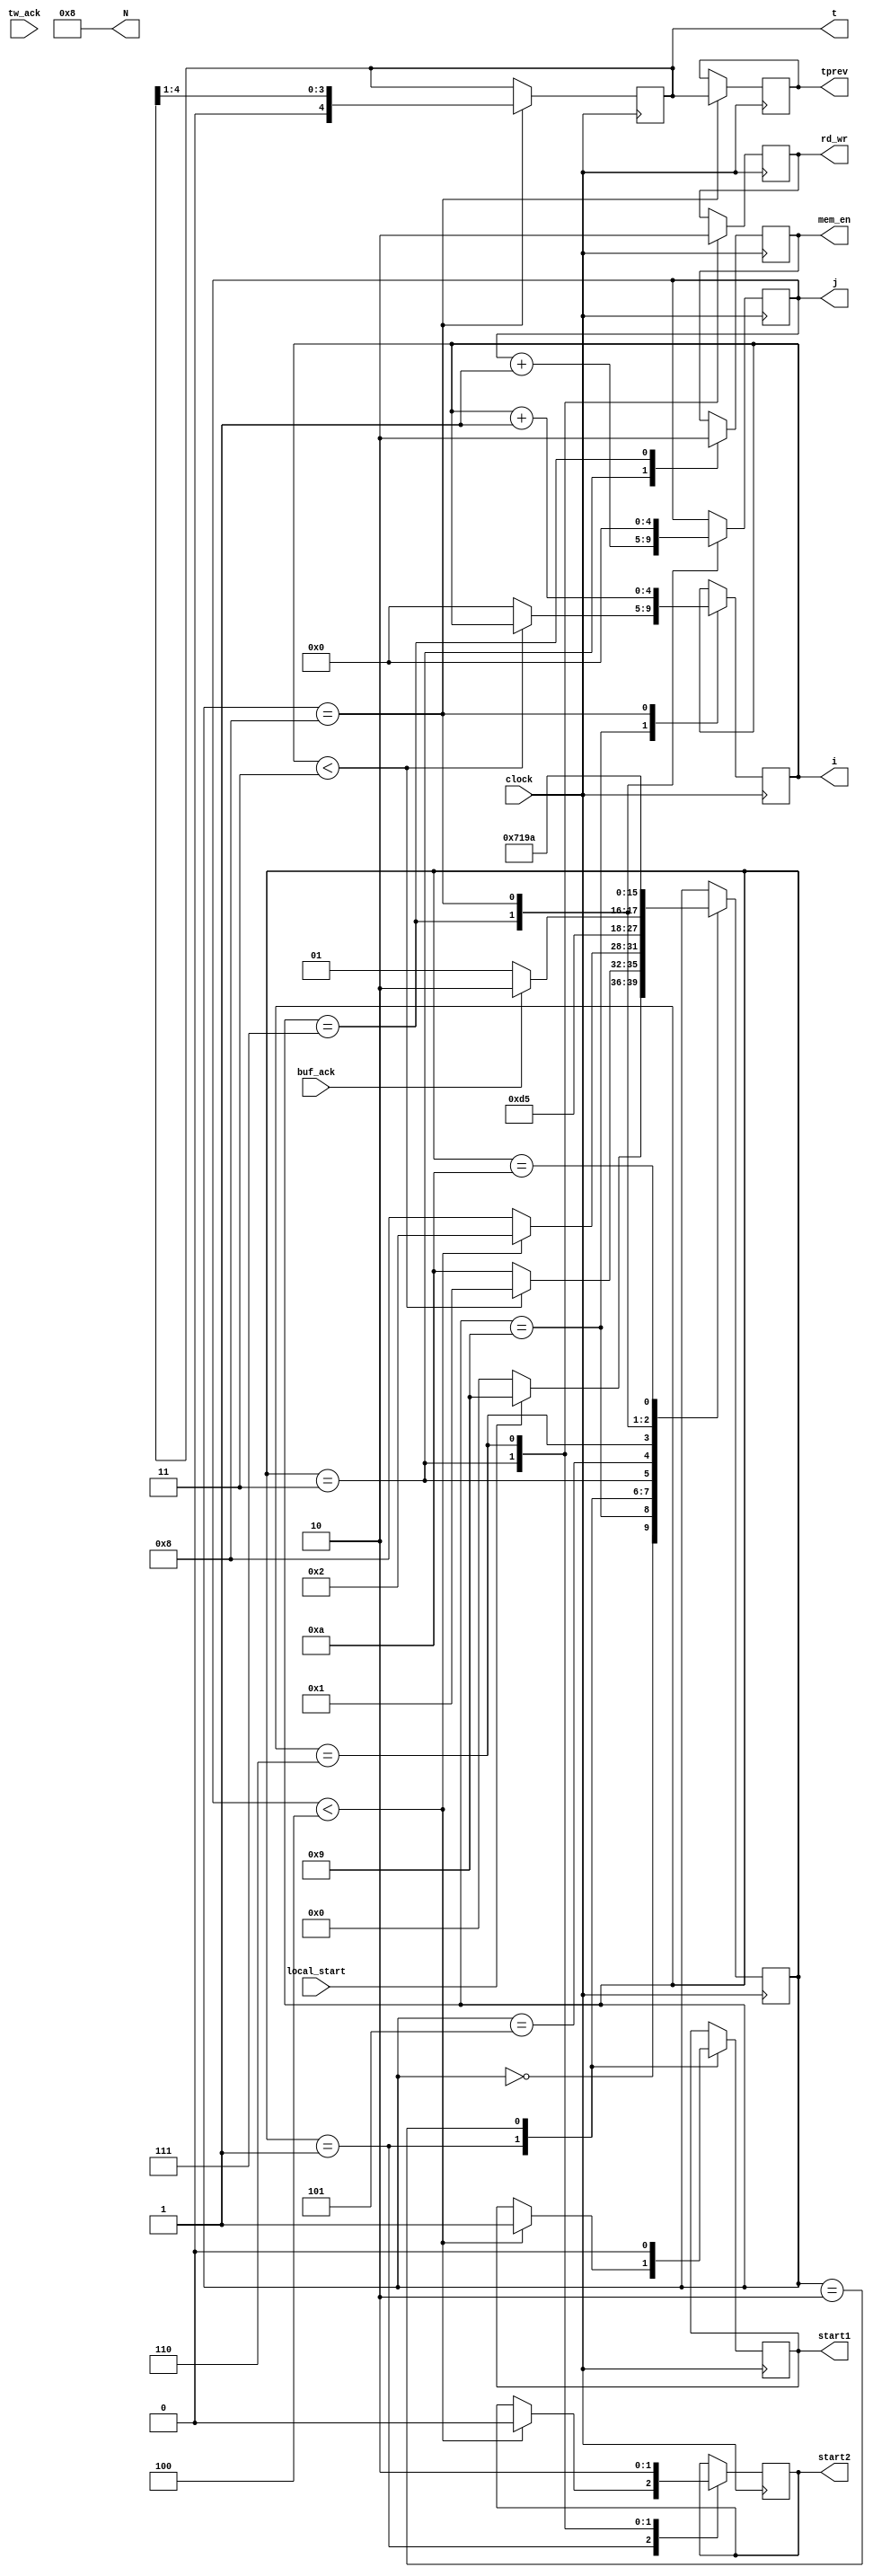

module NTT_Controller(i,j,N,t,tprev,clock,start1,start2,mem_en,rd_wr,local_start,tw_ack,buf_ack);

parameter n = 5; 

input clock; 
input local_start;     //activate this to enable the NTT module
input tw_ack;          //ack signal from twiddle gen
input buf_ack;         //ack signal from buf unit
output reg [n-1:0] i;
output reg [n-1:0] j;
output reg [n-1:0] N;
output reg [n-1:0] t;
output reg [n-1:0] tprev;
output reg start1;
output reg start2;
output reg mem_en; //enable the memmory for read/write operation
output reg rd_wr;

reg [3:0] state;  

initial
begin
    N <= 5'b01_000;      //N = 8
    i <= 5'b00_000;
    j <= 5'b00_000;
    t <= 5'b00_100;      //t = 4
    tprev <= 5'b00_000;
    mem_en <= 0;
    rd_wr <= 1;
    state <= 4'b0000;
end

always @(posedge clock)
begin
    case(state)
        
        4'b0000: begin
                    if(local_start)
                        state <= 4'b1001;
                    else
                        state <= 4'b0000;
                 end                
                 
        4'b1001: begin
                    if(i < 5'b00011)
                        state <= 4'b0001;
                    else
                        begin
                        i <= 5'b000_00;
                        state <= 4'b1010;
                        end   
                 end
        
                
        4'b0001: begin
                    if(j < 5'b00_100)
                        begin
                        start1 <= 1;                 //activate encapsulate 2: jmod + buf index generator
                        start2 <= 0;
                        state <= 4'b0010;
                        end
                    else
                        begin
                        state <= 4'b1000;
                        end
                 end
        4'b0010: begin
                  start1 <= 0;
                  state <= 4'b0011;
                 end
        4'b0011: begin
                  mem_en <= 1;                
                  rd_wr <= 1;                   //read operation
                  start2 <= 1;                  //activate encapsulate 1: tw gen + buf gen
                  state <= 4'b0101;
                 end
                 
//        4'b0100: begin
//                 if(tw_ack)
//                    state <= 4'b0101;  
//                 else
//                    state <= 4'b0100;   //remain in this state
//                 end         
   
        4'b0101: begin
                  if(buf_ack)
                    state <= 4'b0110;
                  else
                    state <= 4'b0101;  //remain in this state
                 end
   
        4'b0110: begin
                  //enable memory for write operation
                  start2 <= 0;
                  rd_wr <= 0;
                  //j <= j + 1;
                  state <= 4'b0111;
                 end
   
        4'b0111: begin
                    mem_en <= 0;
                    j <= j + 1;
                    state <= 4'b0001;
                 end
                  
        4'b1000: begin                      
                    tprev <= t;
                    t <= t >> 1'b1;   
                    i <= i + 1;
                    j <= 5'b000_00;
                    state <= 4'b1001;
                 end
                
        4'b1010: begin
                    state <= 4'b1010;
                 end

    endcase
end

endmodule